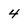
Character: 4